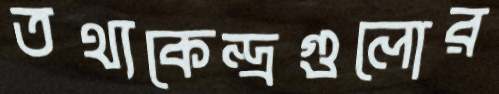
তথ্যকেন্দ্রগুলোর